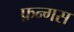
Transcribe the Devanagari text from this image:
फ़न्गस